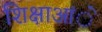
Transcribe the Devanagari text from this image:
शिक्षाआंे